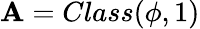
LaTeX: \mathbf{A}=Class(\phi,1)